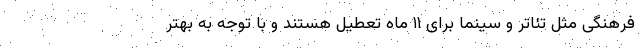
فرهنگی مثل تئاتر و سینما برای ۱۱ ماه تعطیل هستند و با توجه به بهتر